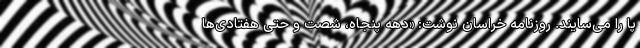
پا را می‌سایند. روزنامه خراسان نوشت: «دهه پنجاه، شصت و حتی هفتادی‌ها